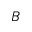
B